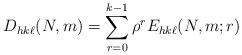
LaTeX: \begin{align*} D_{hk\ell}(N,m) = \sum_{r=0}^{k-1} \rho^r E_{hk\ell}(N,m;r)\end{align*}